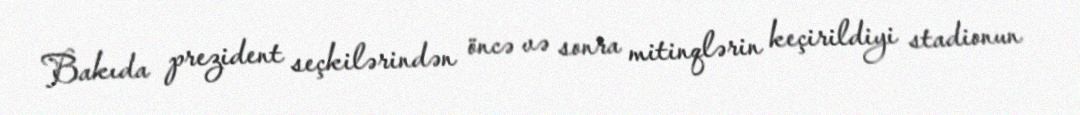
Bakıda prezident seçkilərindən öncə və sonra mitinqlərin keçirildiyi stadionun